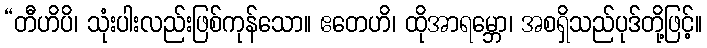
“တီဟိပိ၊ သုံးပါးလည်းဖြစ်ကုန်သော။ ဧတေဟိ၊ ထိုအာရမ္ဘော၊ အစရှိသည်ပုဒ်တို့ဖြင့်။